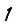
Digit: 1